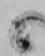
候